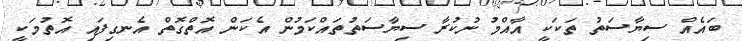
ބައެއް ސިޔާސަތު ތަކަކީ އާއްމު ނުކުރާ ސިޔާސަތުތައްކަމުން އެކަން އޮތްގޮތް އެނގިފައި އޮތުމަކީ